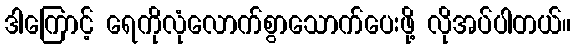
ဒါကြောင့် ရေကိုလုံလောက်စွာသောက်ပေးဖို့ လိုအပ်ပါတယ်။